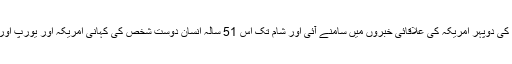
لیونارڈ رابنسن کی کہانی پیر کی دوپہر امریکہ کی علاقائی خبروں میں سامنے آئی اور شام تک اس 51 سالہ انسان دوست شخص کی کہانی امریکہ اور یورپ اور دیگر علاقوں میں پھیل گئی۔